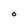
Character: O